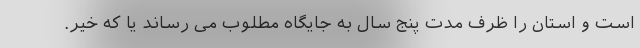
است و استان را ظرف مدت پنج سال به جایگاه مطلوب می رساند یا که خیر.